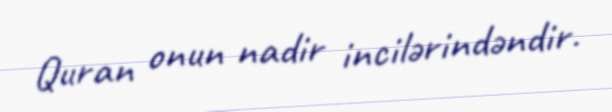
Quran onun nadir incilərindəndir.